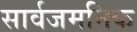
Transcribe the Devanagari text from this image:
सार्वजमनिक